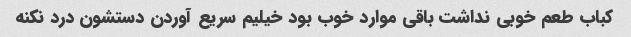
کباب طعم خوبی نداشت باقی موارد خوب بود خیلیم سریع آوردن دستشون درد نکنه